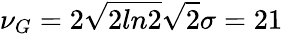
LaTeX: \nu_{G}=2\sqrt{2ln2}\sqrt{2}\sigma=21